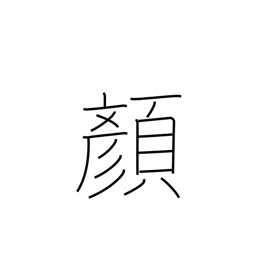
Meaning: expression